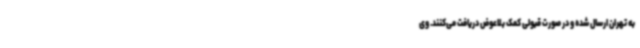
به تهران‌ ارسال شده و در صورت قبولی کمک بلاعوض دریافت می‌کنند. وی